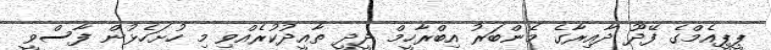
ޕީޕީއެމްގެ ފޭދޫ ދާއިރާގެ މެންބަރު އިބްރާހީމް ދީދީ ތާއީދުކުރެއްވި މި ހުށަހެޅުން ފާސްވީ